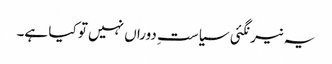
یہ نیرنگئی سیاستِ دوراں نہیں تو کیا ہے۔